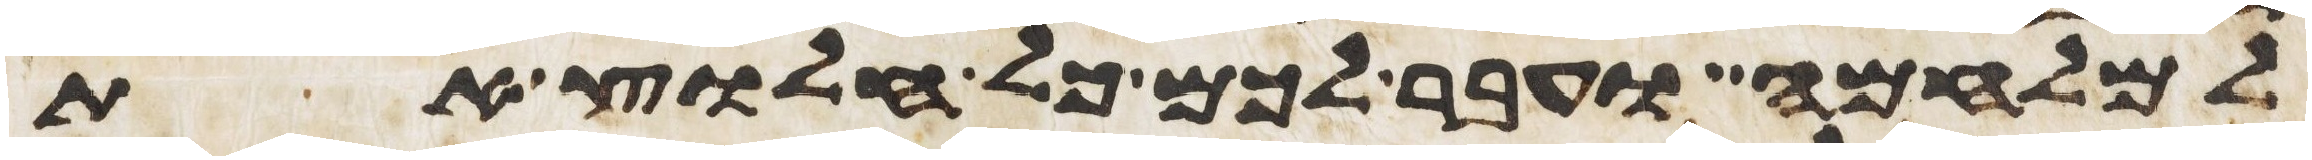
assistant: למלחמה ועבר לכם כל חלוץ את